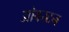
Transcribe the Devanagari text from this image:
ओवरटन